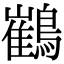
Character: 䳽